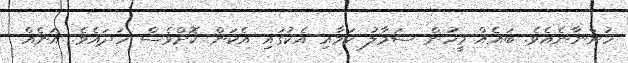
ހުންނާނެއެވެ. ބައެއް މީހުން ސަމާލު ކަމާއި އެކުގައި އެކަން ކޮށްވެސް ހަދައެވެ. އަނެއް